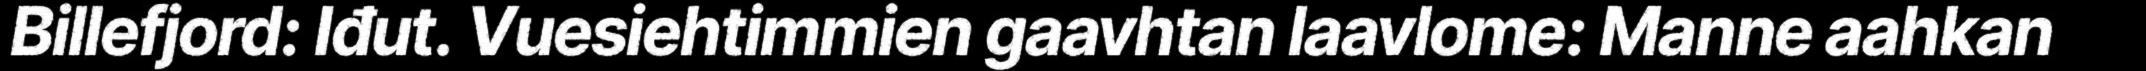
Billefjord: Iđut. Vuesiehtimmien gaavhtan laavlome: Manne aahkan